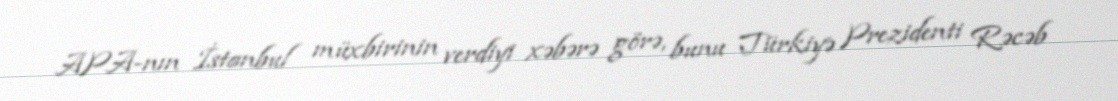
APA-nın İstanbul müxbirinin verdiyi xəbərə görə, bunu Türkiyə Prezidenti Rəcəb